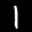
Label: 1